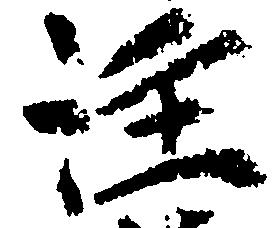
注